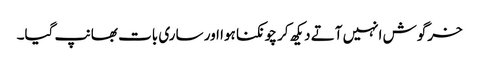
خرگوش انہیں آتے دیکھ کر چونکنا ہوا اور ساری بات بھانپ گیا۔